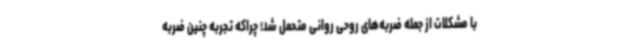
با مشکلات از جمله ضربه‌های روحی روانی متحمل شد؛ چراکه تجربه چنین ضربه